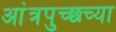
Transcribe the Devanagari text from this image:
आंत्रपुच्छच्या